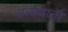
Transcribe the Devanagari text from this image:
सत्यवार्ता